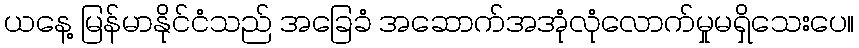
ယနေ့ မြန်မာနိုင်ငံသည် အခြေခံ အဆောက်အအုံလုံလောက်မှုမရှိသေးပေ။